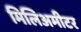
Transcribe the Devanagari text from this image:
मिलिअमीटर